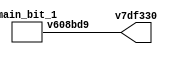
module main (output v7df330);
 wire w0;
 assign v7df330 = w0;
 main_bit_1 v8d7c60 (
  .v608bd9(w0)
 );
endmodule

module main_bit_1 (output v608bd9);
 wire w0;
 assign v608bd9 = w0;
 main_bit_1_basic_code_v68c173 v68c173 (
  .v(w0)
 );
endmodule

module main_bit_1_basic_code_v68c173 (output v);
 // Bit 1
 
 assign v = 1'b1;
endmodule